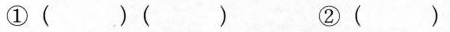
①( )( ) ②( )